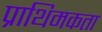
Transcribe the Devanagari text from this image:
प्राथिमकता